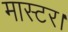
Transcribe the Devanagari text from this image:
मास्‍टर।